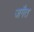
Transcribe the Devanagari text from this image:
जगैत